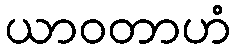
ယာဝတာဟံ